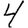
Digit: 4